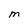
Character: M